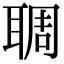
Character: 䎻